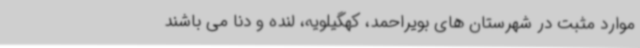
موارد مثبت در شهرستان های بویراحمد، کهگیلویه، لنده و دنا می باشند